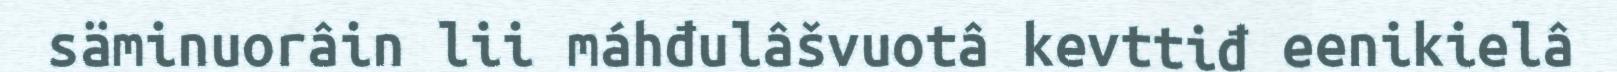
säminuorâin lii máhđulâšvuotâ kevttiđ eenikielâ